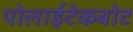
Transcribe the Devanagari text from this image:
पोलाईटेकबोट